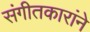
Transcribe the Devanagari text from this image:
संगीतकारांने